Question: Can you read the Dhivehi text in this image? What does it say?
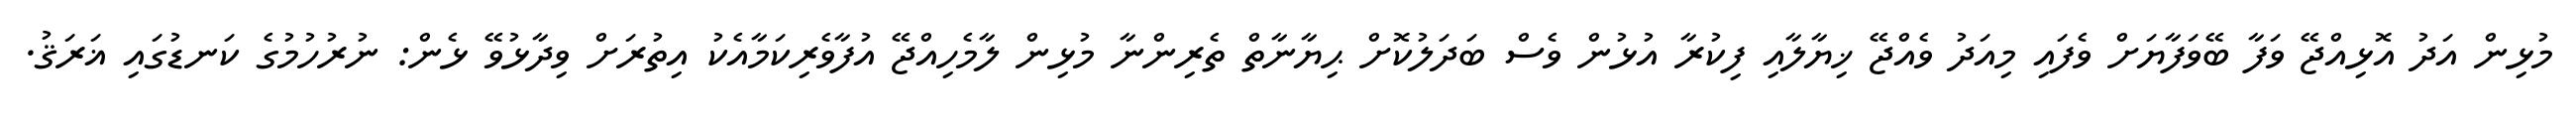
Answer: މުޅިން އަދު އޮޅިއްޖޭ ވަފާ ބޭވަފާޔަށް ވެފައި މިއަދު ވެއްޖޭ ޚިޔާލާއި ފިކުރާ އުޅުން ވެސް ބަދަލުކޮށް ޙިޔާނާތް ތެރިންނާ މުޅިން ލާމެހިއްޖޭ އުފާވެރިކަމާއެކު އިތުރަށް ވިދާޅުވޭ ޅެން: ނުރުހުމުގެ ކަނޑުގައި ޣަރަޤު.